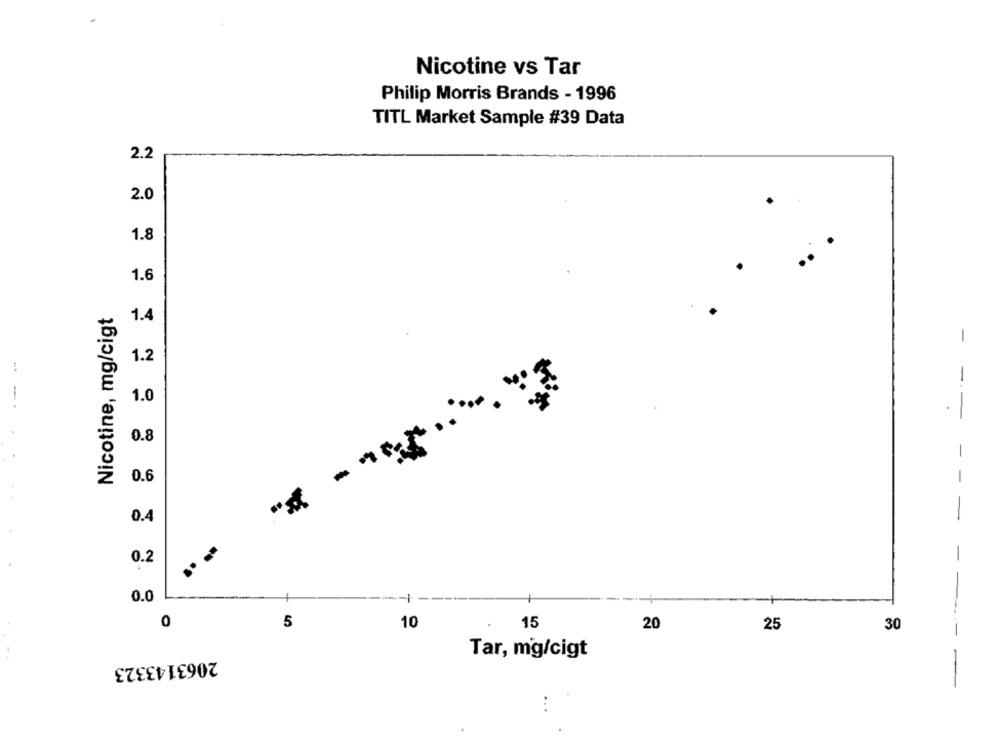
Nicotine vs Tar
Philip Morris Brands - 1996
TITL Market Sample #39 Data
2.2
2.0
1.8
1.6
Nicotine, mg/cigt
1.4
1.2
...
1.0
- --
0.8
-
0.6
0.4
0.2
0.0
0
5
15
10
20
25
30
Tar, mg/cigt
2063143323